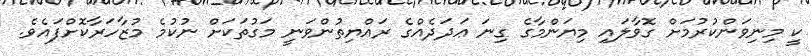
ކީ މިނިވަންކުރުމަށް ގޮވާލައި މިޔަންމާގެ ގިނަ ޢަދަދެއްގެ ރައްޔިތުންވަނީ މަގުތަކަށް ނުކުމެ މުޒާހަރާކޮށްފައެވެ.